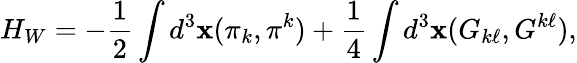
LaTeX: H_{W}=-\frac{1}{2}\int d^{3}{\mathbf x}(\pi_{k},\pi^{k})+\frac{1}{4}\int d^{3}{\mathbf x}(G_{k\ell},G^{k\ell}),